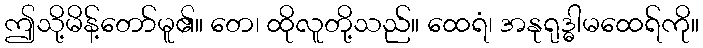
ဤသို့မိန့်တော်မူ၏။ တေ၊ ထိုလူတို့သည်။ ထေရံ၊ အနုရုဒ္ဓါမထေရ်ကို။